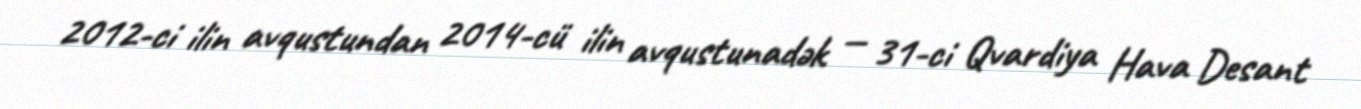
2012-ci ilin avqustundan 2014-cü ilin avqustunadək — 31-ci Qvardiya Hava Desant